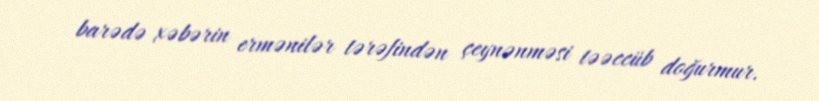
barədə xəbərin ermənilər tərəfindən çeynənməsi təəccüb doğurmur.